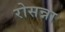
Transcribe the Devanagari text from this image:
रोसन्ना